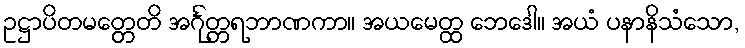
ဥဋ္ဌာပိတမတ္တေတိ အင်္ဂုတ္တရဘာဏကာ။ အယမေတ္ထ ဘေဒေါ။ အယံ ပနာနိသံသော,